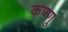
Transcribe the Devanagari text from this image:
कण्णु